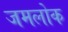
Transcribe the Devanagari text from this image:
जमलोक